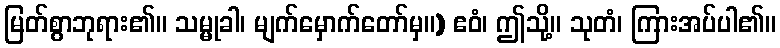
မြတ်စွာဘုရား၏။ သမ္မုခါ၊ မျက်မှောက်တော်မှ။) ဧဝံ၊ ဤသို့။ သုတံ၊ ကြားအပ်ပါ၏။